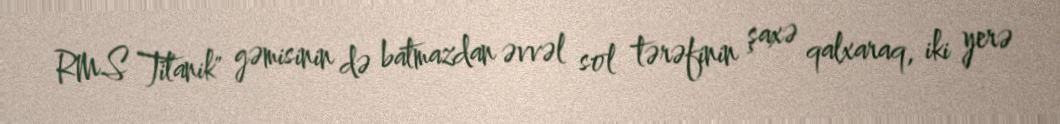
RMS Titanik" gəmisinin də batmazdan əvvəl sol tərəfinin şaxə qalxaraq, iki yerə